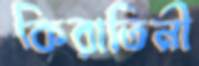
কিরাতিনী